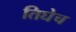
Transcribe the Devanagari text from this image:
तिघेच